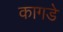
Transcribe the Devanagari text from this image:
कागडे